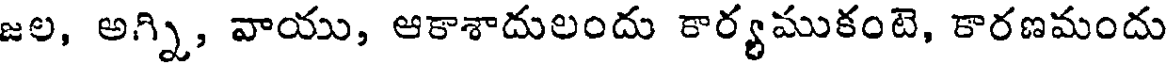
జల, అగ్ని, వాయు, ఆకాశాదులందు కార్యముకంటె, కారణమందు